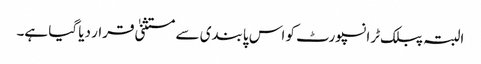
البتہ پبلک ٹرانسپورٹ کو اس پابندی سے مستثنیٰ قرار دیا گیا ہے۔